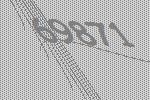
69871